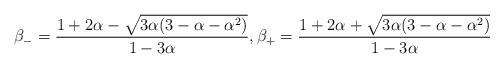
LaTeX: \begin{align*}\beta_{-}=\frac{1+2\alpha -\sqrt{3\alpha (3-\alpha -\alpha^{2})}}{1-3\alpha },\beta_{+}=\frac{1+2\alpha + \sqrt{3\alpha (3-\alpha -\alpha^{2})}}{1-3\alpha }\end{align*}